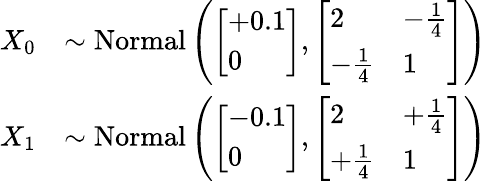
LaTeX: \begin{array}{rl}{X_{0}}&{\sim\mathrm{Normal}\left(\left[\begin{array}{l}{+0.1}\\ {0}\end{array}\right],\left[\begin{array}{ll}{2}&{-\frac{1}{4}}\\ {-\frac{1}{4}}&{1}\end{array}\right]\right)}\\ {X_{1}}&{\sim\mathrm{Normal}\left(\left[\begin{array}{l}{-0.1}\\ {0}\end{array}\right],\left[\begin{array}{ll}{2}&{+\frac{1}{4}}\\ {+\frac{1}{4}}&{1}\end{array}\right]\right)}\end{array}